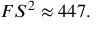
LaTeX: F S ^ { 2 } \approx 4 4 7 .